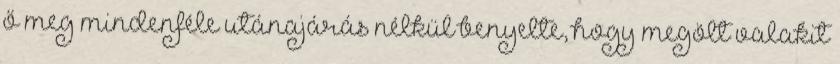
ő meg mindenféle utánajárás nélkül benyelte, hogy megölt valakit